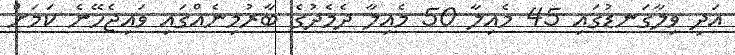
އަދި ވިލާގަނޑުގައި 45 މެއިލާ 50 މެއިލާ ދެމެދުގެ ބާރުމިނެއްގައި ވައިޖެހޭނެ ކަމަށް